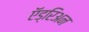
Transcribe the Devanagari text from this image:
ऍड्रिअन